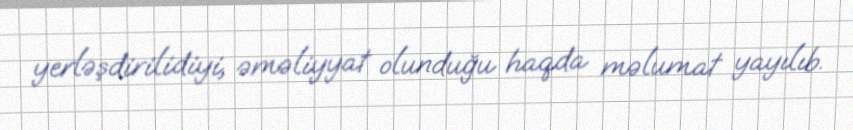
yerləşdirilidiyi, əməliyyat olunduğu haqda məlumat yayılıb.